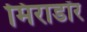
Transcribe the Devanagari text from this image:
मिराडॉर